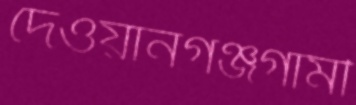
দেওয়ানগঞ্জগামী